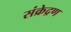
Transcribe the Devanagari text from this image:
संक्रेद्रण